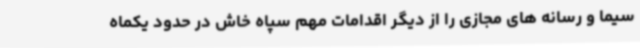
سیما و رسانه های مجازی را از دیگر اقدامات مهم سپاه خاش در حدود یکماه